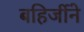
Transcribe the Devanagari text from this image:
बहिर्जीने